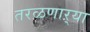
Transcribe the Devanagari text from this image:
तरळणाऱ्या